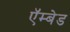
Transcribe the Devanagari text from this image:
ऍम्बेड